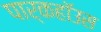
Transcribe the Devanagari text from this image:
पार्कहॉउस